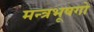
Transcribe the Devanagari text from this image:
मन्त्रभूषगो